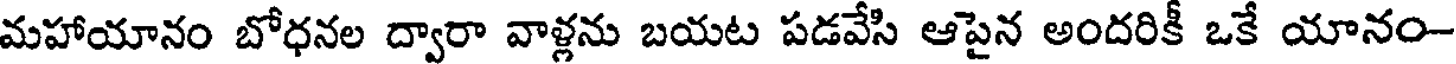
మహాయానం బోధనల ద్వారా వాళ్లను బయట పడవేసి ఆపైన అందరికీ ఒకే యానం-